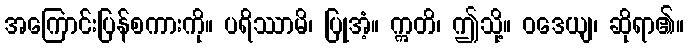
အကြောင်းပြန်စကားကို။ ပရိဿာမိ၊ ပြုအံ့။ ဣတိ၊ ဤသို့။ ဝဒေယျ၊ ဆိုရာ၏။